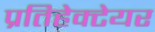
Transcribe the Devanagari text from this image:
प्रतिहेक्टेयर